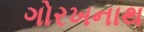
ગોરખનાથ